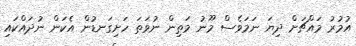
އުމުރު މައްޗަށް ދިޔަ ނަމަވެސް މޫނު މަތިން ނުވަތަ ހަށިގަނޑުން އެކަން ނުދައްކައި